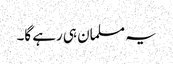
یہ مسلمان ہی رہے گا۔